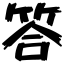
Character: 答